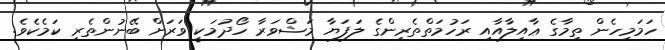
ހަމަމިހެން ތިމާގެ ޢާއިލާއާއި ރަހުމަތްތެރިންގެ ލަފަޔާ މަޝްވަރާ ހޯދުމަކީ ވަރަށް ބޭނުންތެރި ކަމެކެވެ.